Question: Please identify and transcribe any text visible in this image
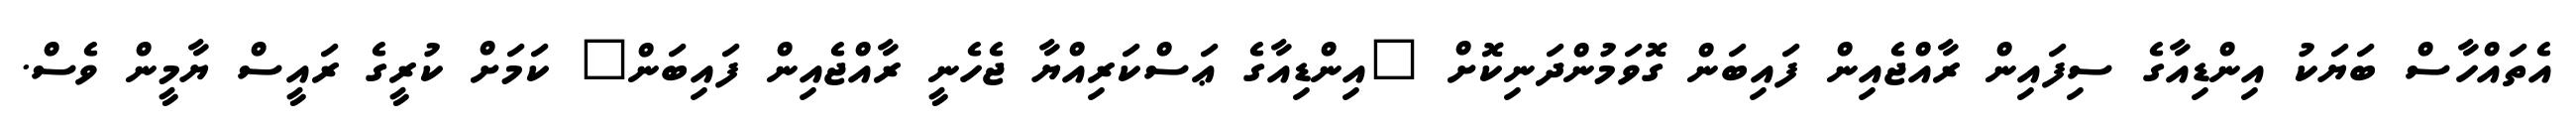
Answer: އެތައްހާސް ބަޔަކު އިންޑިއާގެ ސިފައިން ރާއްޖެއިން ފައިބަން ގޮވަމުންދަނިކޮށް "އިންޑިއާގެ ޢަސްކަރިއްޔާ ޖެހެނީ ރާއްޖެއިން ފައިބަން" ކަމަށް ކުރީގެ ރައީސް ޔާމީން ވެސް.